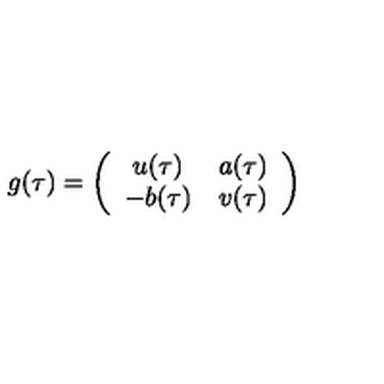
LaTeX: g ( \tau ) = \left( \begin{array} { c c } { u ( \tau ) } & { a ( \tau ) } \\ { - b ( \tau ) } & { v ( \tau ) } \\ \end{array} \right)